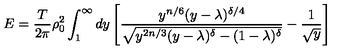
E = { \frac { T } { 2 \pi } } \rho _ { 0 } ^ { 2 } \int _ { 1 } ^ { \infty } d y \left[ { \frac { y ^ { n / 6 } ( y - \lambda ) ^ { \delta / 4 } } { \sqrt { y ^ { 2 n / 3 } ( y - \lambda ) ^ { \delta } - ( 1 - \lambda ) ^ { \delta } } } } - { \frac { 1 } { \sqrt { y } } } \right]